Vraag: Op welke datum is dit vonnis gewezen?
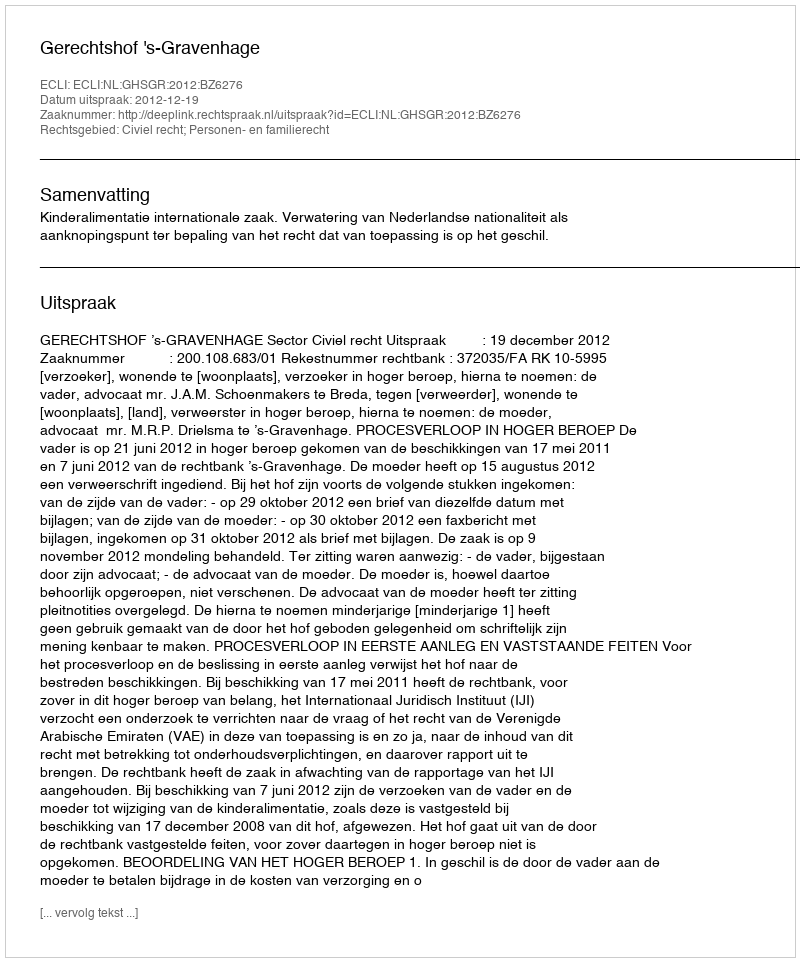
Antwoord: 2012-12-19